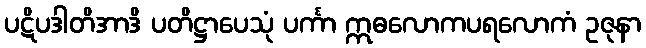
ပဋိပဒါတိအာဒိ ပတိဋ္ဌာပေသုံ ပင်္ကာ ဣဓလောကပရလောကံ ဥဇုနာ